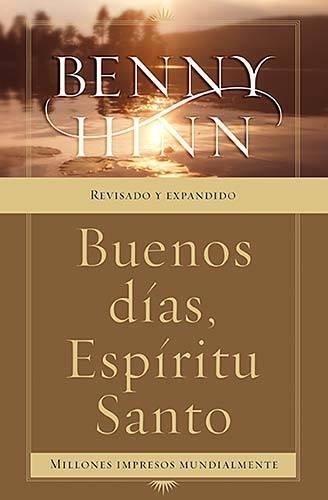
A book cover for Buenos dÃ­as, EspÃ­ritu Santo (Spanish Edition); Benny Hinn; Children's Books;